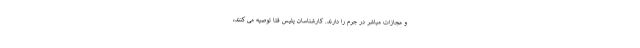
و مجازات مباشر در جرم را دارند. کارشناسان پلیس فتا توصیه می کنند،